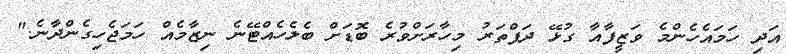
އަދި ހަމައެހެންމެ ވަޒީފާއާ ގުޅޭ ދަފްތަރު މިހާރަށްވުރެ ބޮޑަށް ބެލެހެއްޓޭނެ ނިޒާމެއް ހަމަޖެހިގެންދާނެ."